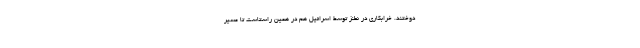
دوختند. خرابکاری در نطنز توسط اسرائیل هم در همین راستاست تا مسیر